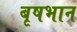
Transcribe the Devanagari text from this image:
बृषभान